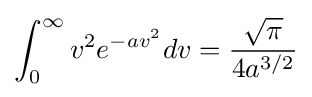
\int _{0}^{\infty }v^{2}e^{-av^{2}}dv={\frac {\sqrt {\pi }}{4a^{3/2}}}